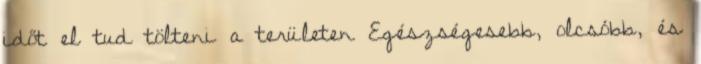
időt el tud tölteni a területen Egészségesebb, olcsóbb, és